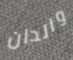
والدان